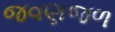
જવણજળ